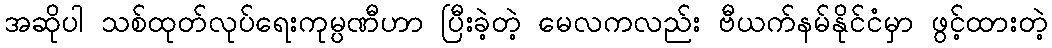
အဆိုပါ သစ်ထုတ်လုပ်ရေးကုမ္ပဏီဟာ ပြီးခဲ့တဲ့ မေလကလည်း ဗီယက်နမ်နိုင်ငံမှာ ဖွင့်ထားတဲ့